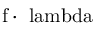
\mathrm { f \cdot \ l a m b d a }